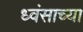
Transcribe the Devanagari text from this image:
ध्वंसाच्या